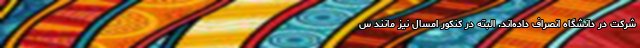
شرکت در دانشگاه انصراف داده‌اند. البته در کنکور امسال نیز مانند س